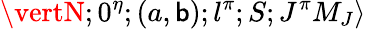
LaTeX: \vertN;0^{\eta};(a,\mathsf{b});l^{\pi};S;J^{\pi}M_{J}\rangle